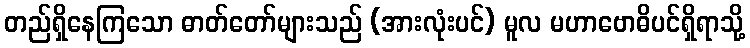
တည်ရှိနေကြသော ဓာတ်တော်များသည် (အားလုံးပင်) မူလ မဟာဗောဓိပင်ရှိရာသို့